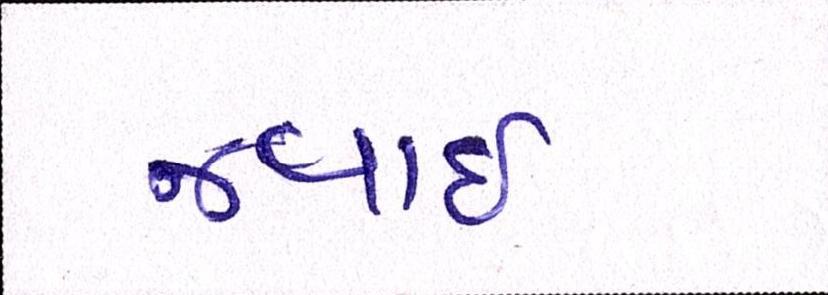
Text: જવાઇ